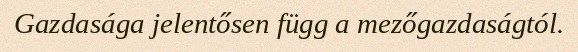
Gazdasága jelentősen függ a mezőgazdaságtól.